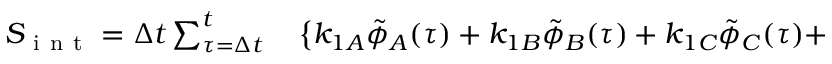
\begin{array} { r l } { S _ { \mathrm { ~ i ~ n ~ t ~ } } = \Delta t \sum _ { \tau = \Delta t } ^ { t } } & { { } \left\lbrace k _ { 1 A } \tilde { \phi } _ { A } ( \tau ) + k _ { 1 B } \tilde { \phi } _ { B } ( \tau ) + k _ { 1 C } \tilde { \phi } _ { C } ( \tau ) + \right. } \end{array}